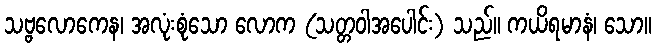
သဗ္ဗလောကေန၊ အလုံးစုံသော လောက (သတ္တဝါအပေါင်း) သည်။ ကယိရမာနံ၊ သော။